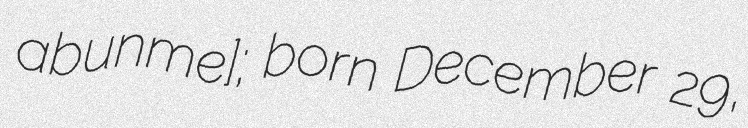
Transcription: abuˈnɪʕme]; born December 29,